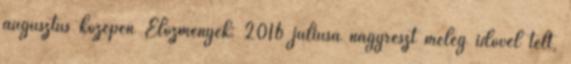
augusztus közepén Előzmények: 2016 júliusa nagyrészt meleg idővel telt,